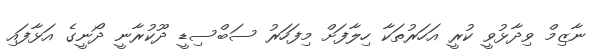
ނާޒިމް ވިދާޅުވީ ކުރީ އަހަރުތަކާ ހިލާފަށް މިފަހަރު ސަބްސިޑީ ދޫކުރާނީ ދޯނީގެ އަޅާފައި